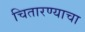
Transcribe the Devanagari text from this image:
चितारण्याचा